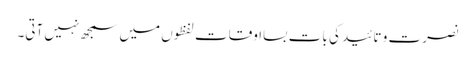
نصرت و تائید کی بات بسااوقات لفظوں میں سمجھ نہیں آتی۔